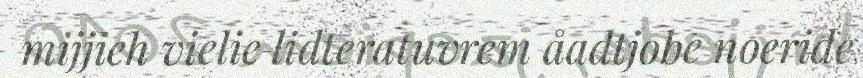
mijjieh vielie lidteratuvrem åadtjobe noeride